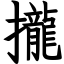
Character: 攏